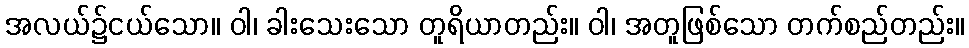
အလယ်၌ငယ်သော။ ဝါ၊ ခါးသေးသော တူရိယာတည်း။ ဝါ၊ အတူဖြစ်သော တက်စည်တည်း။